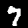
Label: 7